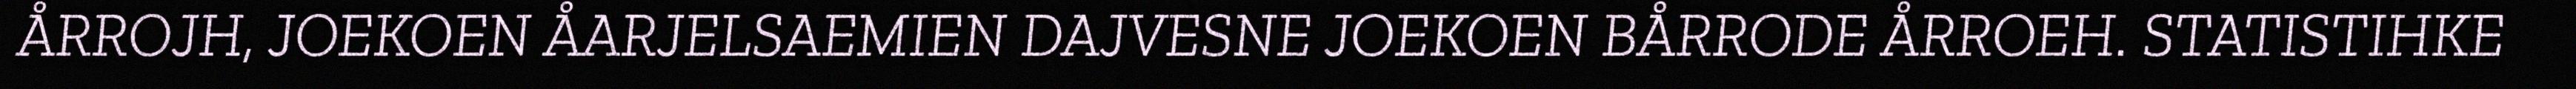
ÅRROJH, JOEKOEN ÅARJELSAEMIEN DAJVESNE JOEKOEN BÅRRODE ÅRROEH. STATISTIHKE